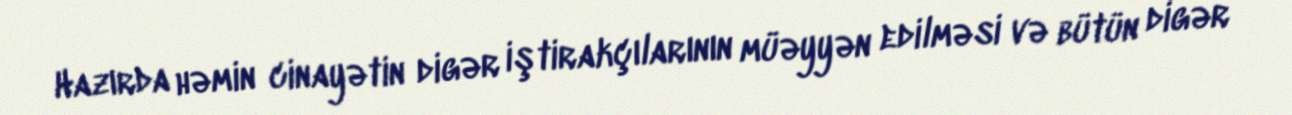
Hazırda həmin cinayətin digər iştirakçılarının müəyyən edilməsi və bütün digər